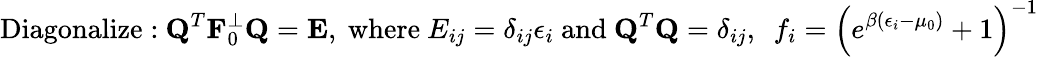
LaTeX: \mathrm{Diagonalize:}~{\mathbf Q}^{T}{\mathbf F}_{0}^{\perp}{\mathbf Q}={\mathbf E},~\mathrm{where}~E_{ij}=\delta_{ij}\epsilon_{i}~\mathrm{and}~{\mathbf Q}^{T}{\mathbf Q}=\delta_{ij},~~f_{i}=\left(e^{\beta(\epsilon_{i}-\mu_{0})}+1\right)^{-1}